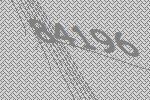
84196